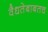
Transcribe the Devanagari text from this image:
वैधतेबाबतच